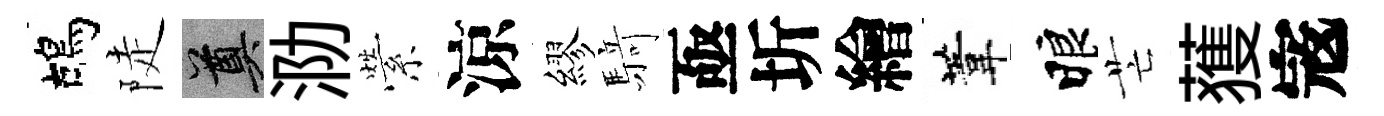
鴣陡奠泐縈涼繆𮪍亟圻繪葦睱芒𫉬𡨥